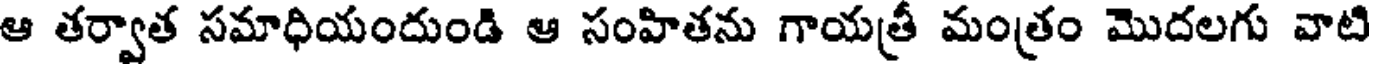
ఆ తర్వాత సమాధియందుండి ఆ సంహితను గాయత్రీ మంత్రం మొదలగు వాటి